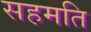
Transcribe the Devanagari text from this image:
सहमति